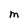
Character: m